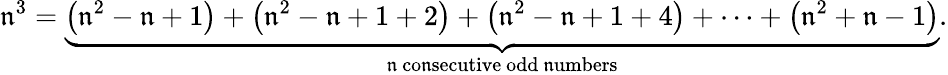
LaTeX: \mathfrak{n}^{3}=\underbrace{{\left(\mathfrak{n}^{2}-\mathfrak{n}+1\right)+\left(\mathfrak{n}^{2}-\mathfrak{n}+1+2\right)+\left(\mathfrak{n}^{2}-\mathfrak{n}+1+4\right)+\cdots+\left(\mathfrak{n}^{2}+\mathfrak{n}-1\right)}}_{\mathfrak{n}{\mathrm{{~co\mathfrak{n}secutive~odd~\mathfrak{n}umbers}}}}.